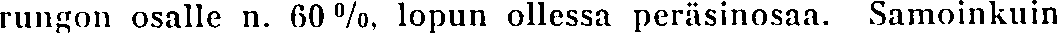
rungon osalle n. 60 %, lopun ollessa peräsinosaa. Samoinkuin